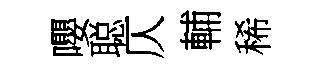
嚶聪仄輔稀